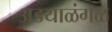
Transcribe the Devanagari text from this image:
अडयाळंगळ